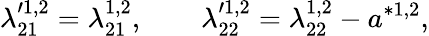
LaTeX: \lambda_{21}^{\prime 1,2}=\lambda_{21}^{1,2},\qquad\lambda_{22}^{\prime 1,2}=\lambda_{22}^{1,2}-a^{\ast 1,2},